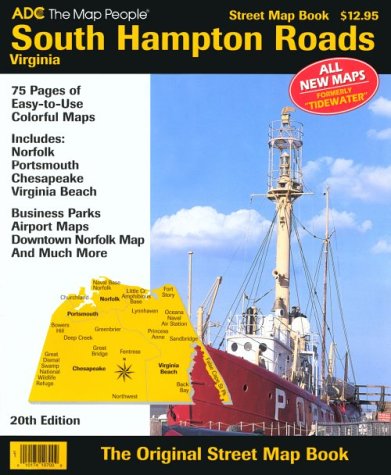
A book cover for South Hampton Road, VA Atlas; Adc; Travel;